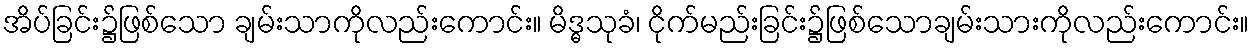
အိပ်ခြင်း၌ဖြစ်သော ချမ်းသာကိုလည်းကောင်း။ မိဒ္ဓသုခံ၊ ငိုက်မည်းခြင်း၌ဖြစ်သောချမ်းသားကိုလည်းကောင်း။